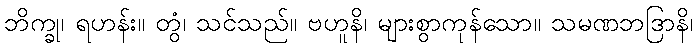
ဘိက္ခု၊ ရဟန်း။ တွံ၊ သင်သည်။ ဗဟူနိ၊ များစွာကုန်သော။ သမဏဘဒြာနိ၊